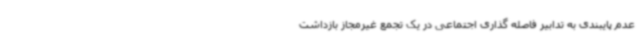
عدم پایبندی به تدابیر فاصله گذاری اجتماعی در یک تجمع غیرمجاز بازداشت